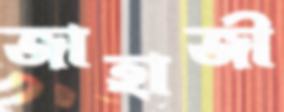
জাহাজী